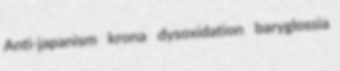
Anti-japanism krona dysoxidation baryglossia